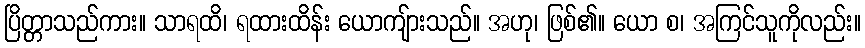
ပြိတ္တာသည်ကား။ သာရထိ၊ ရထားထိန်း ယောကျ်ားသည်။ အဟု၊ ဖြစ်၏။ ယော စ၊ အကြင်သူကိုလည်း။